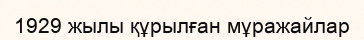
1929 жылы құрылған мұражайлар